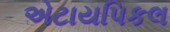
એટાયપિકલ